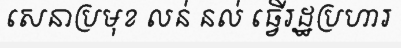
សេនាប្រមុខ លន់ នល់ ធ្វើរដ្ឋប្រហារ